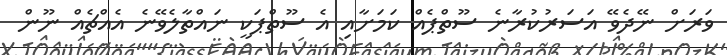
ވަރަށް ނޭދެވޭ އަސަރުކުރާނެ ސޫތްޕެއް ކަމަށާއި އެ ސޫތްޕަކީ ނައްތާލެވޭނެ އެއްޗެއް ނޫން